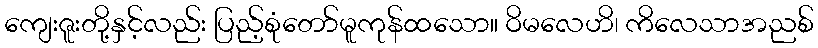
ကျေးဇူးတို့နှင့်လည်း ပြည့်စုံတော်မူကုန်ထသော။ ဝိမလေဟိ၊ ကိလေသာအညစ်